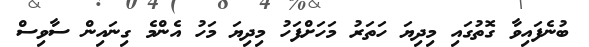
ބުނެފައިވާ ގޮތުގައި މިދިޔަ ހަތަރު މަހަށްފަހު މިދިޔަ މަހު އެންމެ ގިނައިން ސާވިސް